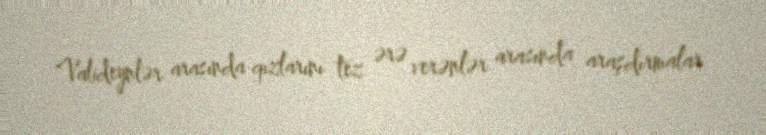
Valideynlər arasında qızlarını tez ərə verənlər arasında araşdırmalar